Civil Veterinary Department. Central Provinces & Berar 1925-31 - 1925-1931
Year: 1925
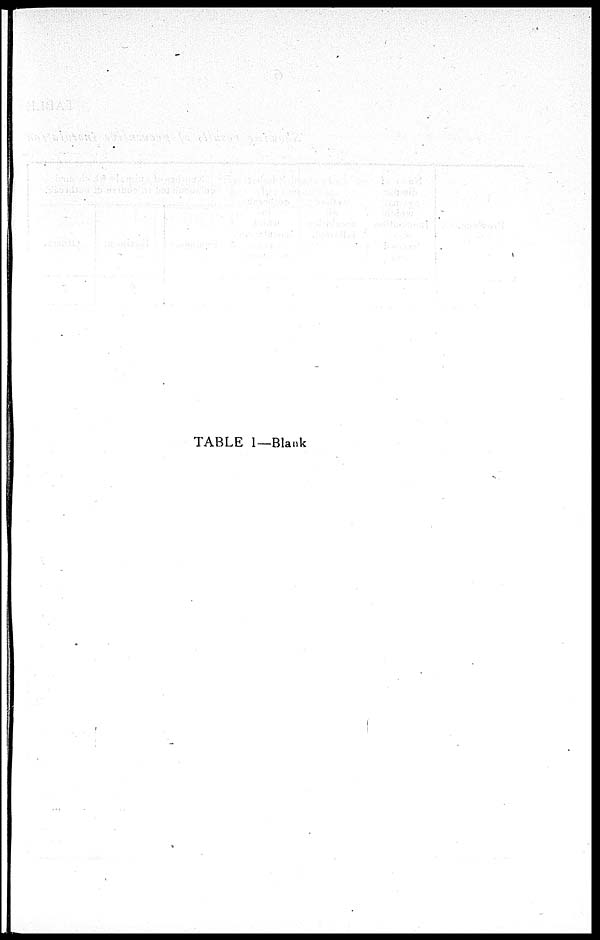
TABLE I — Blank